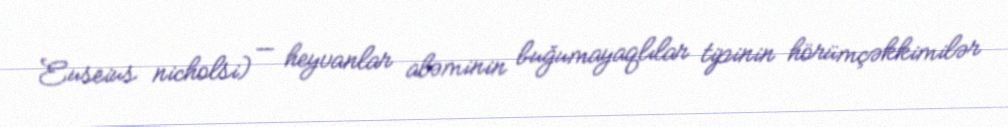
Euseius nicholsi) — heyvanlar aləminin buğumayaqlılar tipinin hörümçəkkimilər